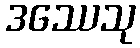
ဒဿေသု